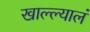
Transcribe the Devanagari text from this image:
खाल्ल्यालं